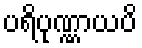
ပရိပုဏ္ဏာယပိ